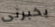
يخبرنى